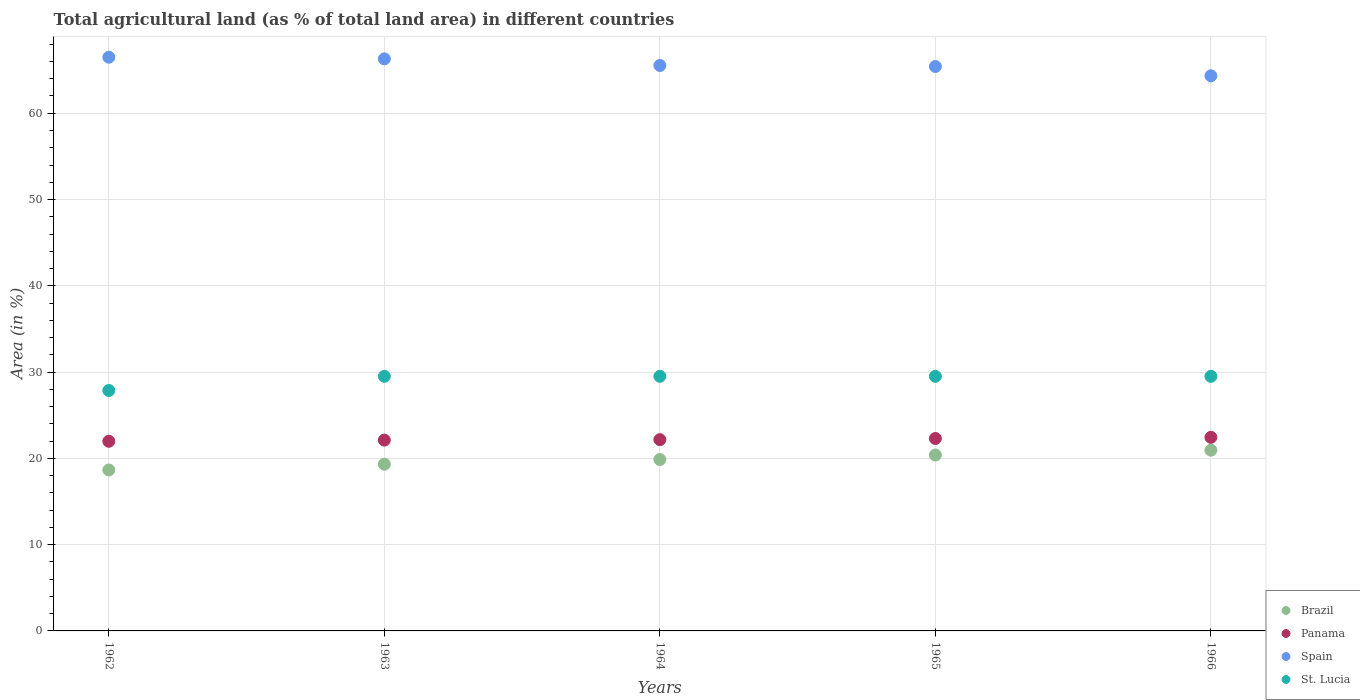
| Years | Brazil | Panama | Spain | St. Lucia |
 | --- | --- | --- | --- | --- |
 | 1962 | 18.7 | 22 | 66.5 | 27.9 |
 | 1963 | 19.3 | 22.1 | 66.3 | 29.5 |
 | 1964 | 19.9 | 22.2 | 65.5 | 29.5 |
 | 1965 | 20.4 | 22.3 | 65.4 | 29.5 |
 | 1966 | 20.9 | 22.4 | 64.3 | 29.5 |